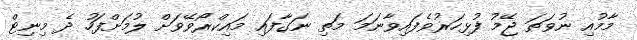
މާމުއި ނުވަތަ ޖޭމު ފުޅިހަރުވެފައިވާނަމަ މަތި ނަގާފައި މައިކްރޯވޭވަށް ލުމަށްފަހު ދެ މިނިޓް